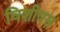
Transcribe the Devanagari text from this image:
विशीयस